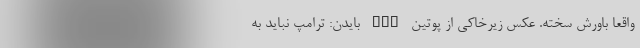
واقعا باورش سخته. عکس زیرخاکی از پوتین nan بایدن: ترامپ نباید به